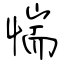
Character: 惴